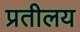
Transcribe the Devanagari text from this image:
प्रतीलय